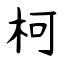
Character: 柯